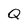
Character: Q